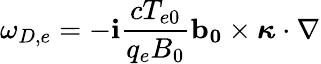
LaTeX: \omega_{D,e}=-\mathbf{i}\frac{{cT_{e0}}}{{q_{e}B_{0}}}\mathbf{{b_{0}}}\times\boldsymbol{\kappa}\cdot\nabla